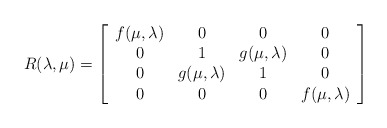
\begin{align*}R(\lambda,\mu)=\left[\begin{array}{cccc}f(\mu,\lambda)&0&0&0\\0&1&g(\mu,\lambda)&0\\0&g(\mu, \lambda)&1&0\\0&0&0&f(\mu,\lambda)\end{array}\right]\end{align*}